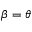
\beta = \theta